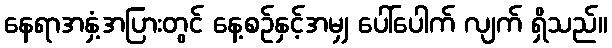
နေရာအနှံ့အပြားတွင် နေ့စဉ်နှင့်အမျှ ပေါ်ပေါက် လျက် ရှိသည်။